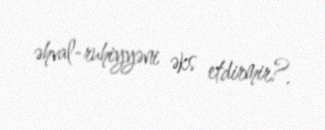
əhval-ruhiyyəni əks etdirmir?.